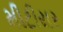
મીટીયર